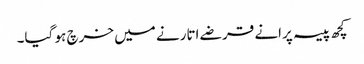
کچھ پیسہ پرانے قرضے اتارنے میں خرچ ہو گیا۔